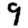
Digit: 9